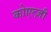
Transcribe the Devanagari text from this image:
कोएत्ज़ी